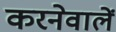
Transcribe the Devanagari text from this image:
करनेवालें